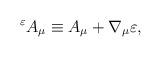
LaTeX: \begin{align*}{ }^{\varepsilon}A_{\mu} \equiv A_{\mu}+\nabla_{\mu} \varepsilon ,\end{align*}